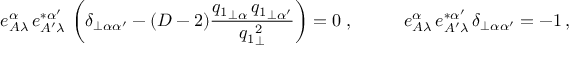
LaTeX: e _ { A \lambda } ^ { \alpha } \, e _ { A ^ { \prime } \lambda } ^ { * \alpha ^ { \prime } } \, \left( \delta _ { \perp \alpha \alpha ^ { \prime } } - ( D - 2 ) \frac { { q _ { 1 } } _ { \perp \alpha } \, { q _ { 1 } } _ { \perp \alpha ^ { \prime } } } { { q _ { 1 } } _ { \perp } ^ { 2 } } \right) = 0 \; , \; \; \; \; \; \; \; \; \; \; e _ { A \lambda } ^ { \alpha } \, e _ { A ^ { \prime } \lambda } ^ { * \alpha ^ { \prime } } \, \delta _ { \perp \alpha \alpha ^ { \prime } } = - 1 \, ,